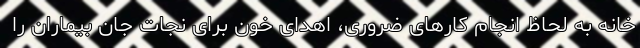
خانه به لحاظ انجام کارهای ضروری، اهدای خون برای نجات جان بیماران را